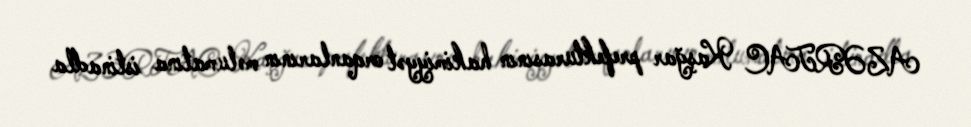
AZƏRTAC Kaşğar prefekturasının hakimiyyət orqanlarının məlumatına istinadla